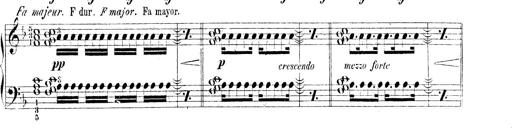
Title: Technische Studien
Composer: Franz Liszt